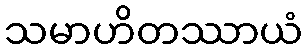
သမာဟိတဿာယံ